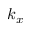
k _ { x }